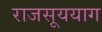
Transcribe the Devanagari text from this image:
राजसूययाग